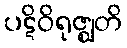
ပဋိဝိရုဇ္ဈတိ